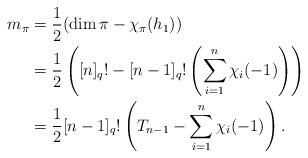
LaTeX: \begin{align*}m_{\pi}&=\frac{1}{2}(\dim\pi-\chi_{\pi}(h_1))\\&=\frac{1}{2}\left([n]_q!-[n-1]_q!\left(\sum_{i=1}^n\chi_i(-1)\right) \right)\\&=\frac{1}{2}[n-1]_q!\left(T_{n-1}- \sum_{i=1}^n\chi_i(-1)\right).\end{align*}